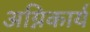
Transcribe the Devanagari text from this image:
अग्निकार्य